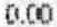
0.00